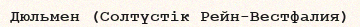
Дюльмен (Солтүстік Рейн-Вестфалия)